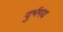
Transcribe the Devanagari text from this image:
दुर्भगय